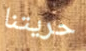
حريتنا